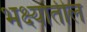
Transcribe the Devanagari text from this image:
भक्ष्यातील